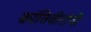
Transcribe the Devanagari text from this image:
क्रांतिवीरांची